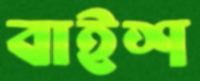
বাইশ